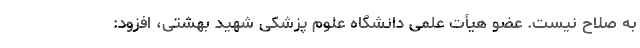
به صلاح نیست. عضو هیأت علمی دانشگاه علوم پزشکی شهید بهشتی، افزود: